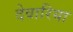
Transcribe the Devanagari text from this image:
देवारिया